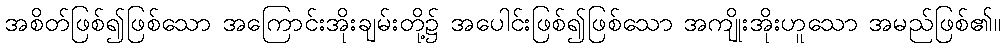
အစိတ်ဖြစ်၍ဖြစ်သော အကြောင်းအိုးချမ်းတို့၌ အပေါင်းဖြစ်၍ဖြစ်သော အကျိုးအိုးဟူသော အမည်ဖြစ်၏။